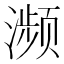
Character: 濒